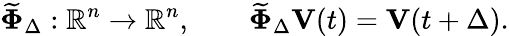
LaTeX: \widetilde{\mathbf\Phi}_{\Delta}:\mathbb R^{n}\rightarrow\mathbb R^{n},\qquad\widetilde{\mathbf\Phi}_{\Delta}{\mathbf V}(t)={\mathbf V}(t+\Delta).